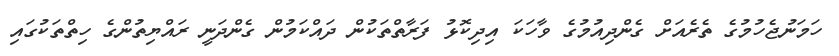
ހަމަނުޖެހުމުގެ ތެރެއަށް ގެންދިއުމުގެ ވާހަކަ އިދިކޮޅު ފަރާތްތަކުން ދައްކަމުުން ގެންދަނީ ރައްޔިތުންގެ ހިތްތަކުގައި